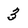
Character: 3